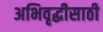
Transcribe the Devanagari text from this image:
अभिवृद्धीसाठी